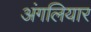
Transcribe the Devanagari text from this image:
अंगलियार